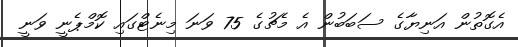
އެގޮތުން އަނިޔާގެ ސަބަބުން އެ މެޗުގެ 75 ވަނަ މިނެޓްގައި ކޮމްޕެނީ ވަނީ